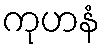
ကုဟနံ